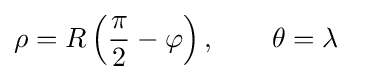
\rho =R\left({\frac {\pi }{2}}-\varphi \right),\qquad \theta =\lambda ~~